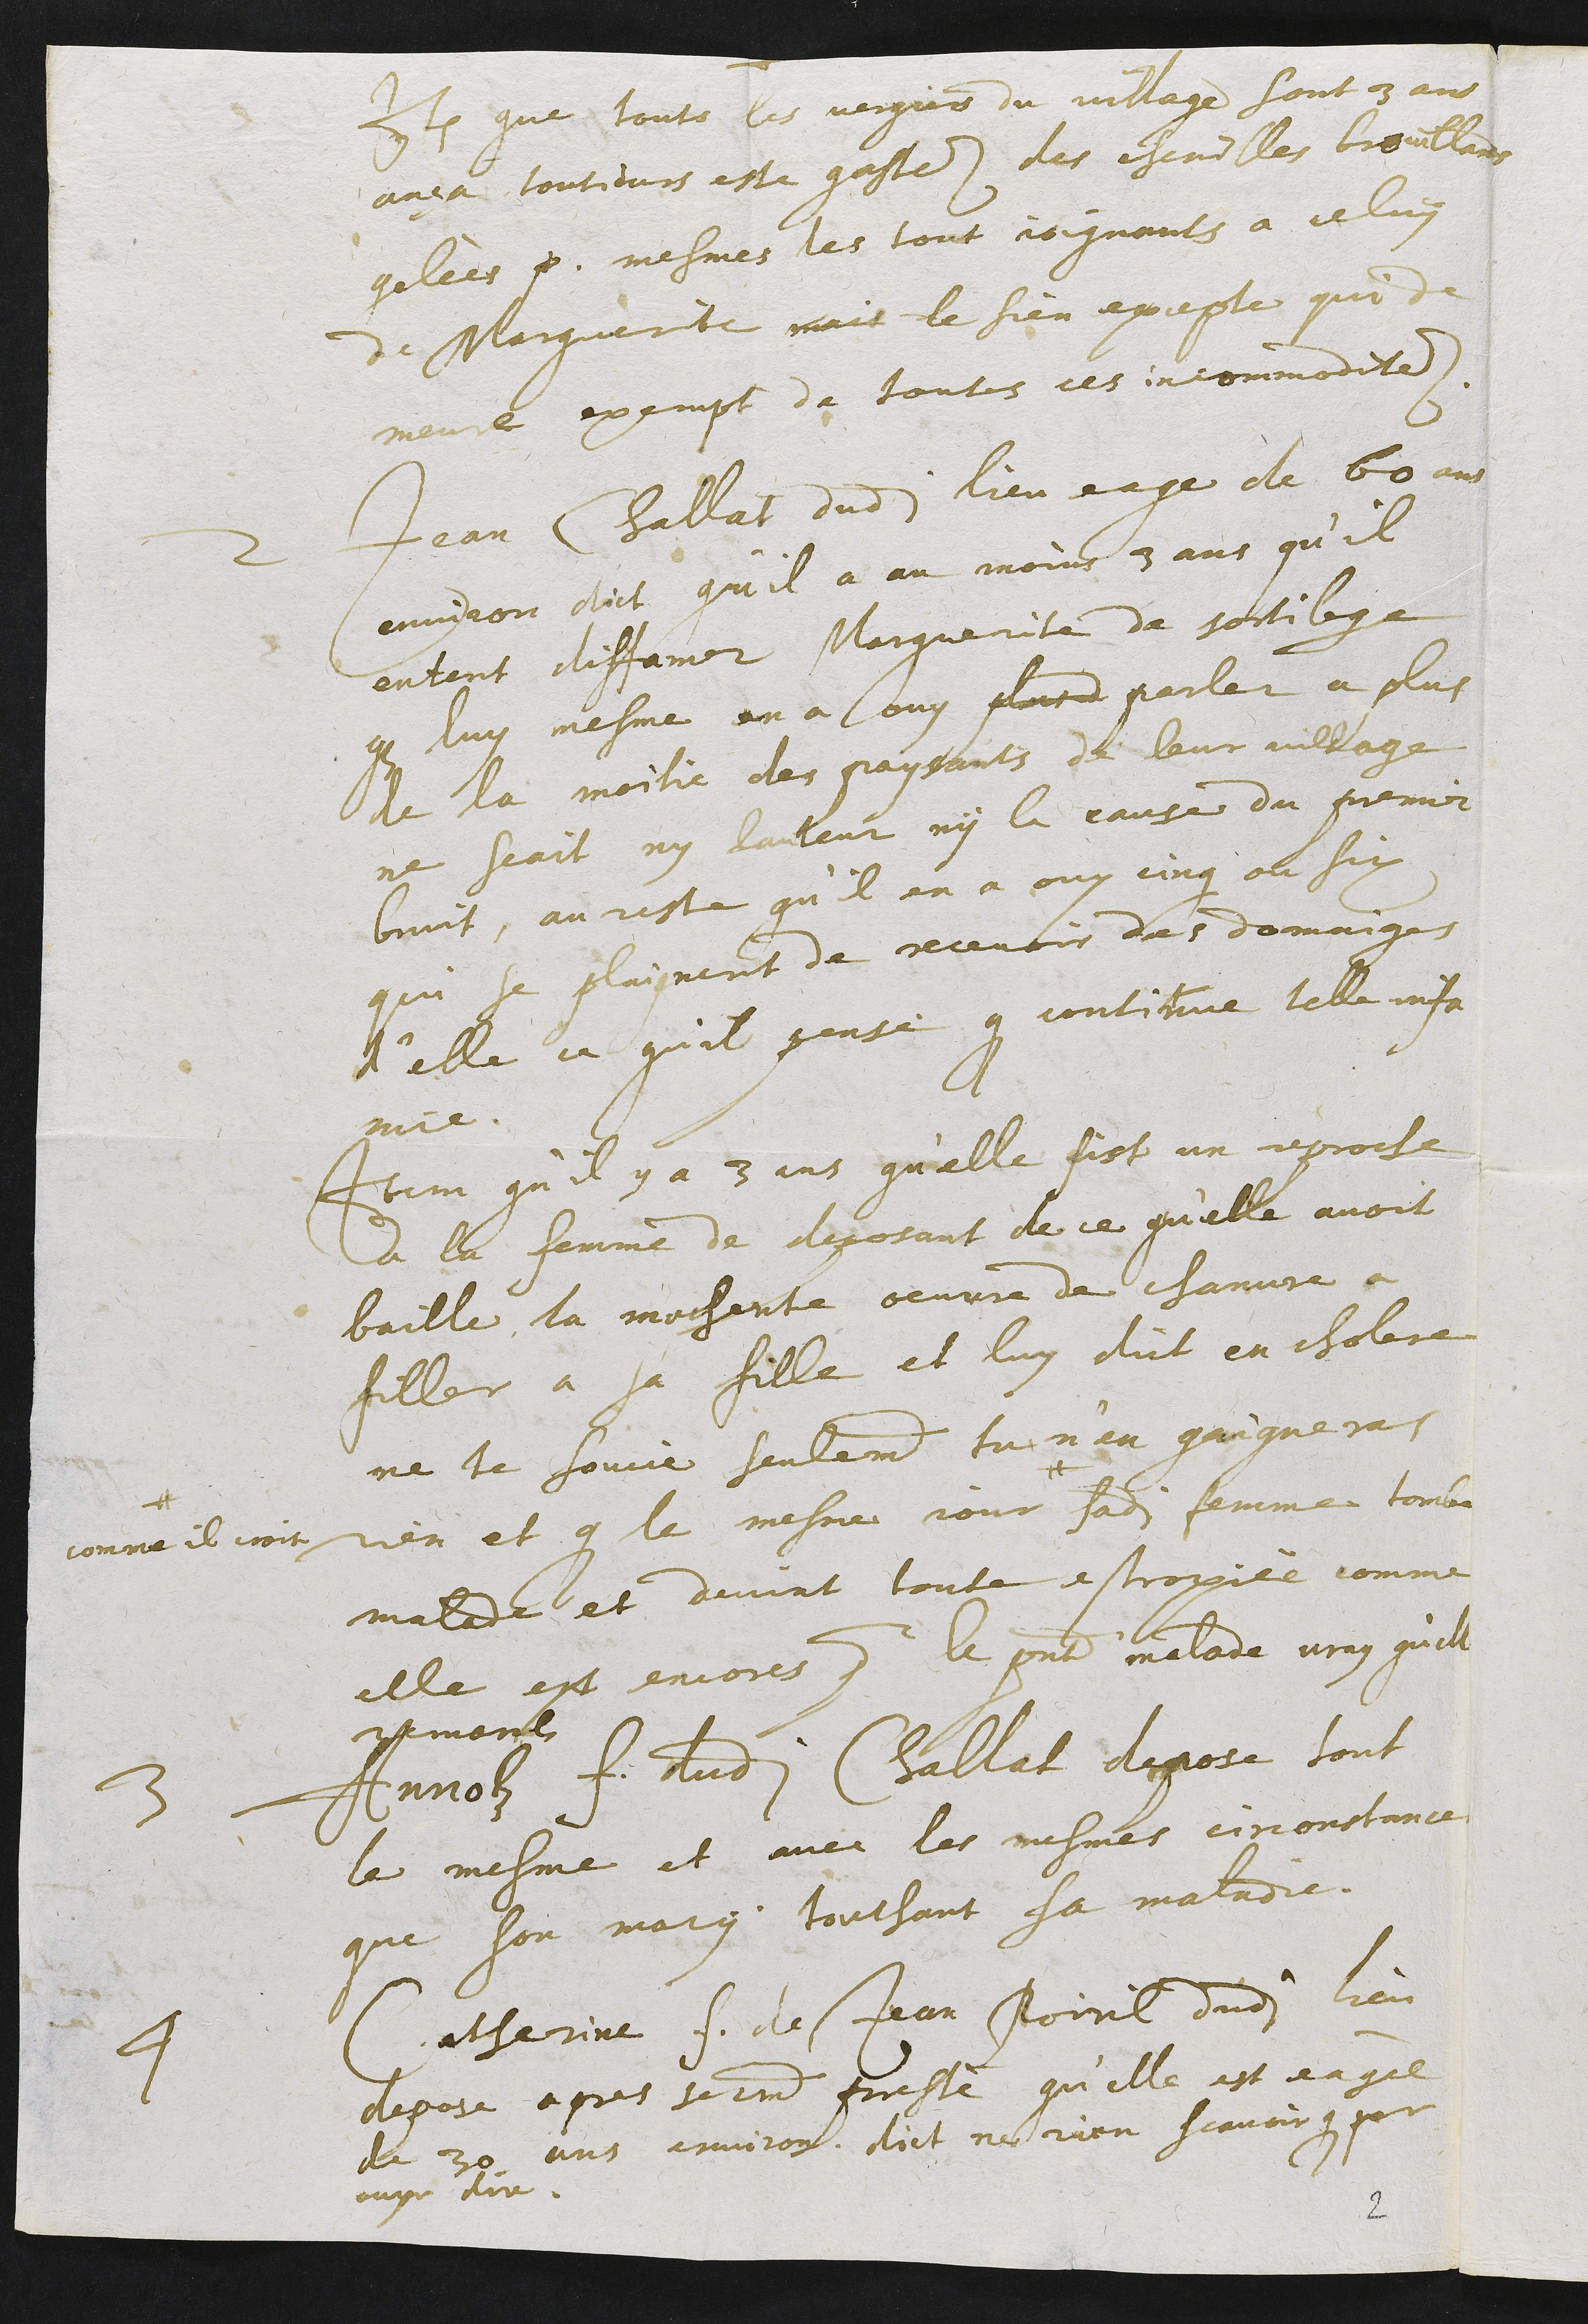
Item que toute les vergiers du village sont 3 ans
ansa toutjours este gastez des chenilles brouillards
gelees p mesmes les tout joignants a celuy
de Marguerite mais le sien excepte qui de
meura exempt de toutes ces incommoditez
2 Jean Challat dudit lieu eage de 60 ans
environ dict qu'il a au moins 3 ans qu'il
entent diffamer Marguerite de sortilege
que luy mesme en a ouy plus d parler a plus
de la moitie des paysants de leur village
ne scait ny lauteur ny la cause du premier
bruit, au reste qu'il en a ouy cinq ou six
qui se plaignent de recevoir des domaiges
d'elle ce qu'il pense que continue telle infa
mie
Item qu'il y a 3 ans qu'elle fist un reproche
a la femme de deposant de ce qu'elle avoit
baille la mechente oeuvre de chanvre a
filler a sa fille et luy dict en cholere
ne te soucie seulement tu n'en gaigneras
rien et que le mesme jour
#
#
comme il croit,
sadite femme tomba
malade et devint toute estropiée comme
elle est encores pour le present malade vray qu'elle
remonls
3 Annolz f. dudit Challat depose tout
le mesme et avec les mesmes circonstance
que son mary touchant sa maladie.
4 Catherine f. de Jean Poiril dudit lieu
depose apres serement prestè qu'elle est eagèe
de 30 ans environ dict ne rien scavoir que par
ouyr dire.
2